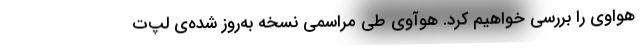
هواوی را بررسی خواهیم کرد. هوآوی طی مراسمی نسخه به‌روز شده‌ی لپ‌ت